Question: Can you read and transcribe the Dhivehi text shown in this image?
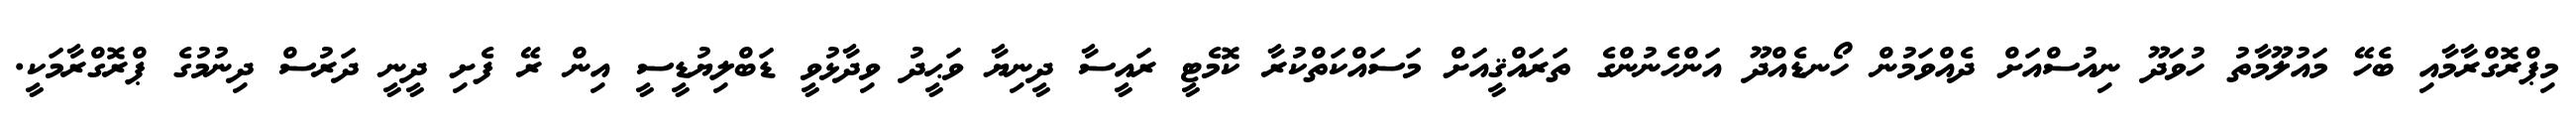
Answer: މިޕްރޮގްރާމާއި ބެހޭ މައުލޫމާތު ހުވަދޫ ނިއުސްއަށް ދެއްވަމުން ހޯނޑެއްދޫ އަންހެނުންގެ ތަރައްޤީއަށް މަސައްކަތްކުރާ ކޮމެޓީ ރައީސާ ދީނިޔާ ވަޙީދު ވިދާޅުވީ ޑަބްލިޔުޑީސީ އިން ރޭ ފެށި ދީނީ ދަރުސް ދިނުމުގެ ޕްރޮގްރާމަކީ.